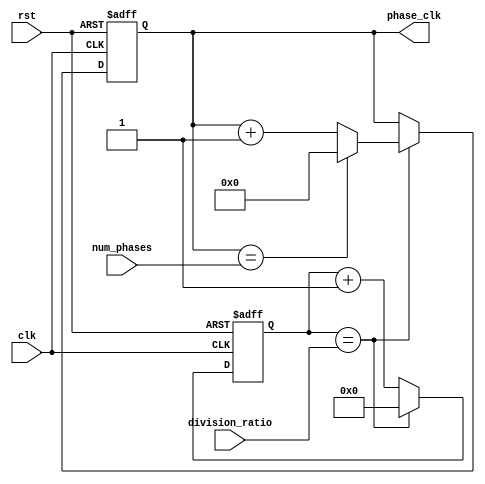
module multi_phase_clock_divider (
    input wire clk,
    input wire rst,
    input wire [7:0] num_phases,
    input wire [15:0] division_ratio,
    output reg [7:0] phase_clk
);

reg [15:0] counter;

always @(posedge clk or negedge rst) begin
    if (!rst) begin
        counter <= 16'h0;
        phase_clk <= 8'b0;
    end else begin
        counter <= counter + 1;
        if (counter == division_ratio) begin
            counter <= 16'h0;
            if (phase_clk == num_phases) begin
                phase_clk <= 8'b0;
            end else begin
                phase_clk <= phase_clk + 1;
            end
        end
    end
end

endmodule